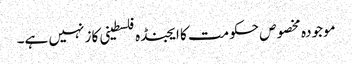
موجودہ مخصوص حکومت کا ایجنڈہ فلسطینی کاز نہیں ہے۔